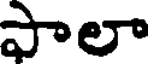
ఫాలా